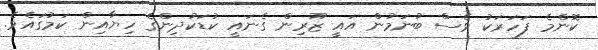
ކޮންމެ ފަހަރަކު ވެސް ބުނަމުން އައީ ޒޫރިން ގެނައީ ކުޑަކުދިންގެ ހިޔާއިން ކަމުގައެވެ.